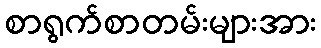
စာရွက်စာတမ်းများအား